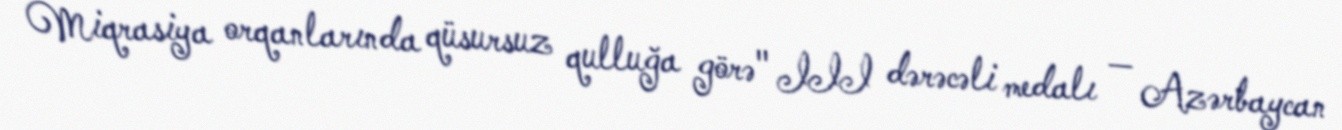
Miqrasiya orqanlarında qüsursuz qulluğa görə" III dərəcəli medalı — Azərbaycan